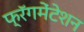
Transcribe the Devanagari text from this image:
फ्रॅगमेंटेशन